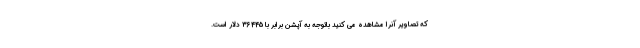
که تصاویر آنرا مشاهده می کنید باتوجه به آپشن برابر با 36445 دلار است.